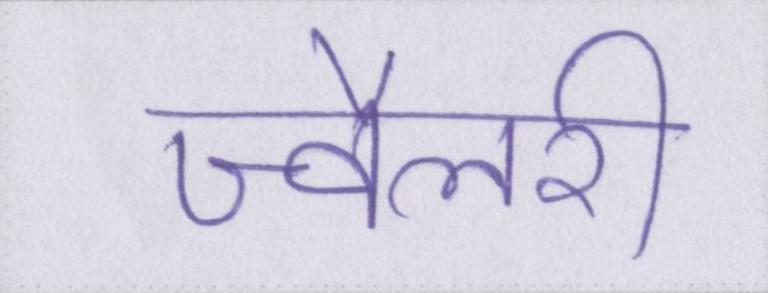
ज्वैलरी